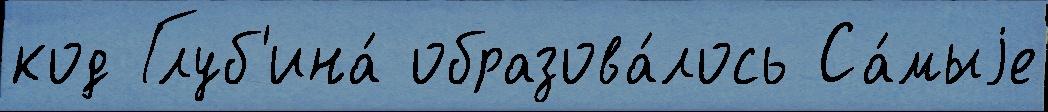
код Глуб'ина́ образова́лось Са́мыjе